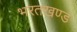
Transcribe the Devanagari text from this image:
भरतखण्ड